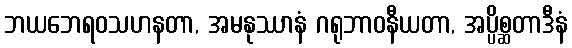
ဘယဘေရဝသဟနတာ, အမနုဿာနံ ဂရုဘာဝနီယတာ, အပ္ပိစ္ဆတာဒီနံ